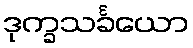
ဒုက္ခသင်္ခယော